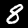
Digit: 8